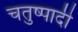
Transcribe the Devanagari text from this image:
चतुष्पादी